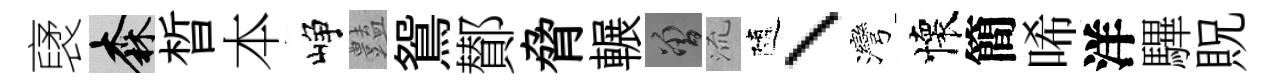
裦森晳本峥𧰟鴛鄼脅輾曾𣴑隨、灣懷簡唏洋驆貺